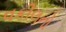
વકીલનો